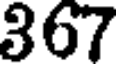
367